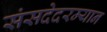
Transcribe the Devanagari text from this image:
संसदेदरम्यान